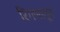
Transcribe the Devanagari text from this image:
रिंगणातून